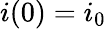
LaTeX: i(0)=i_{0}